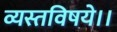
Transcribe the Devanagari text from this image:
व्यस्तविषये।।